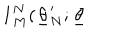
\mathbf { 1 } _ { M } ^ { N } ( \underline { { { \theta } } } _ { N } ^ { \prime } ; \underline { { { \theta } } }